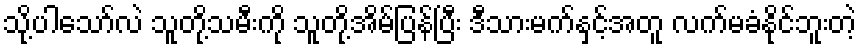
သို့ပါသော်လဲ သူတို့သမီးကို သူတို့အိမ်ပြန်ပြီး ဒီသားမက်နှင့်အတူ လက်မခံနိုင်ဘူးတဲ့